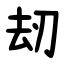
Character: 刼